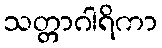
သတ္တာဂါရိကာ